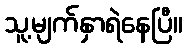
သူ့မျက်နှာရဲနေပြီ။